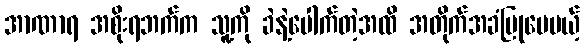
အာဏာရ အစိုးရဘက်က သူ့ကို ခဲနဲ့ပေါက်တဲ့အထိ အတိုက်အခံပြုပေမယ့်